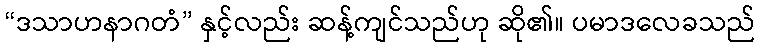
“ဒသာဟနာဂတံ” နှင့်လည်း ဆန့်ကျင်သည်ဟု ဆို၏။ ပမာဒလေခသည်